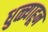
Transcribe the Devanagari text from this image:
धुळ्याहून